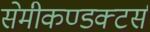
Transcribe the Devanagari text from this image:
सेमीकण्डक्टर्स